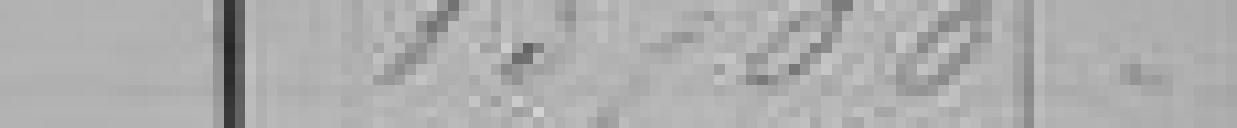
13 700